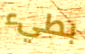
بطيء